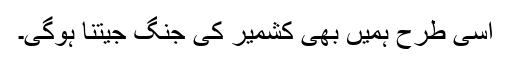
اسی طرح ہمیں بھی کشمیر کی جنگ جیتنا ہوگی۔